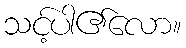
သင့်ပါ၏လော။